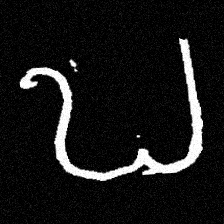
Pyu character \u2014 Myanmar letter: ဎ (romanized: ddha)